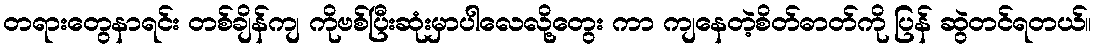
တရားတွေနာရင်း တစ်ချိန်ကျ ကိုဗစ်ပြီးဆုံးမှာပါလေလို့တွေး ကာ ကျနေတဲ့စိတ်ဓာတ်ကို ပြန် ဆွဲတင်ရတယ်။